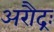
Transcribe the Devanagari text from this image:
अरौद्रः